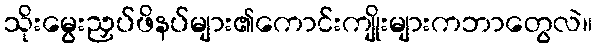
သိုးမွေးညှပ်ဖိနပ်များ၏ကောင်းကျိုးများကဘာတွေလဲ။